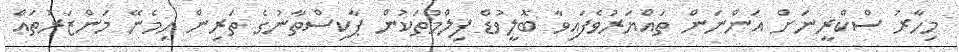
މިހާރު ސްކްރީނަށް އަންނަން ތައްޔަރުވެފައިވާ ބޮލީވުޑް ފިލްމުތަކުން ޕާކިސްތާނުގެ ތަރިން ހިމެނޭ މަންޒަރުތައް